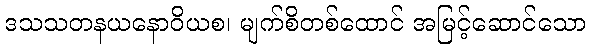
ဒသသတနယနောဝိယစ၊ မျက်စိတစ်ထောင် အမြင့်ဆောင်သော